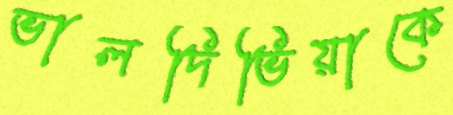
ভালদিভিয়াকে